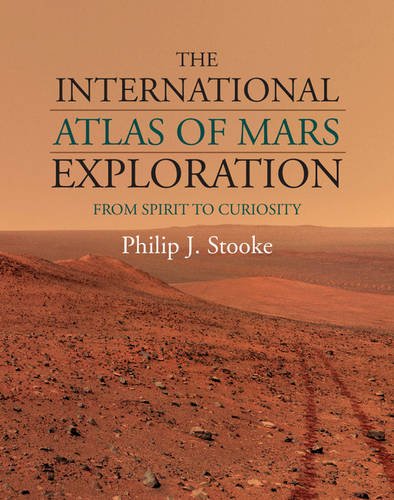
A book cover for The International Atlas of Mars Exploration: Volume 2, 2004 to 2014: From Spirit to Curiosity; Philip J. Stooke; Science & Math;